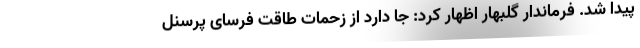
پیدا شد. فرماندار گلبهار اظهار کرد: جا دارد از زحمات طاقت فرسای پرسنل